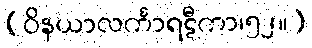
(ဝိနယာလင်္ကာရဋီကာ၊၅၂။)